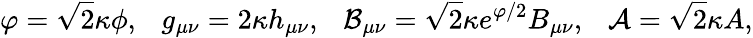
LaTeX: \varphi=\sqrt{2}\kappa\phi,\ \ \ g_{\mu\nu}=2\kappa h_{\mu\nu},\ \ \ {\cal B}_{\mu\nu}=\sqrt{2}\kappa e^{\varphi/2}B_{\mu\nu},\ \ \ {\cal A}=\sqrt{2}\kappa A,